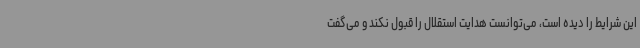
این شرایط را دیده است، می‌توانست هدایت استقلال را قبول نکند و می‌گفت